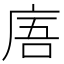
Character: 𢈪